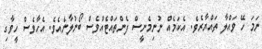
ނަމަ ހޭ ވައްލާ ތައްޔާރެވެ. އެކަމެއް ނުނިމެނީސް ފެންތައްޓެއްވެސް ބޯނުލާނެއެވެ. އެހާވެސް ހީވާގި